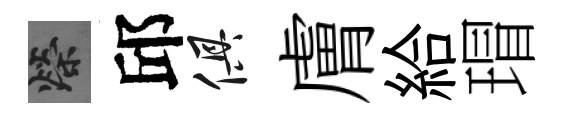
榮邱俱膚給瑁